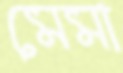
মেমা